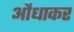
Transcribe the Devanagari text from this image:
औंधाकर